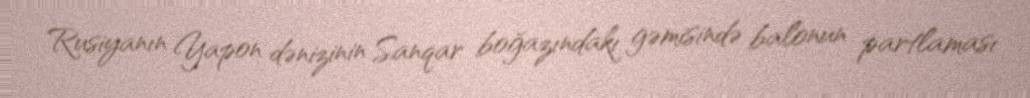
Rusiyanın Yapon dənizinin Sanqar boğazındakı gəmisində balonun partlaması